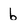
Character: b